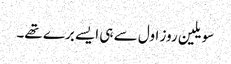
سویلین روز اول سے ہی ایسے برے تھے۔